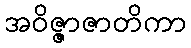
အဝိဇ္ဇာဇာတိကာ